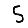
Digit: 5